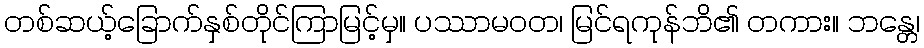
တစ်ဆယ့်ခြောက်နှစ်တိုင်ကြာမြင့်မှ။ ပဿာမဝတ၊ မြင်ရကုန်ဘိ၏ တကား။ ဘန္တေ၊